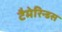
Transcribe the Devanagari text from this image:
टैमेरिन्डस